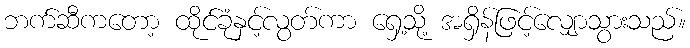
ဘက်ဆီကတော့ ထိုင်ခုံနှင့်လွတ်ကာ ရှေ့သို့ အရှိန်ဖြင့်လျှောသွားသည်။